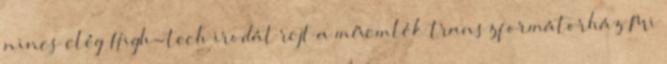
nincs elég High-tech irodát rejt a műemlék transzformátorház Mi